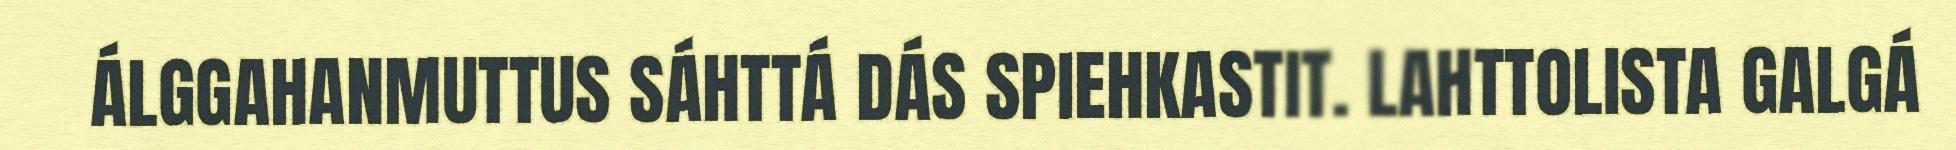
ÁLGGAHANMUTTUS SÁHTTÁ DÁS SPIEHKASTIT. LAHTTOLISTA GALGÁ